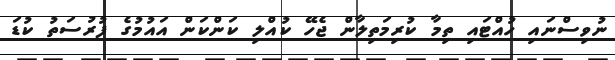
ނުވިސްނައި ހުއްޓައި ތިމާ ކުރިމަތިލާން ޖެހޭ ކުއްލި ކަންކަން އައުމުގެ ފުރުސަތު ކުޑަ